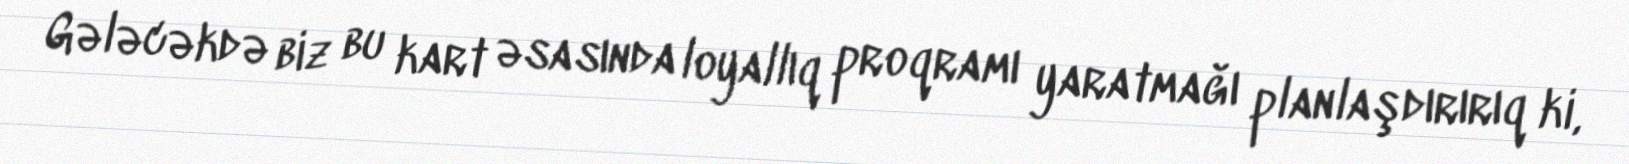
Gələcəkdə biz bu kart əsasında loyallıq proqramı yaratmağı planlaşdırırıq ki,